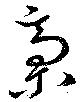
稾